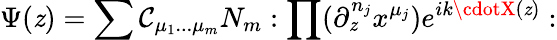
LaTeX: \Psi(\mathit{z})=\sum\mathcal{C}_{\mu_{1}...\mu_{m}}N_{m}:\prod(\partial_{\mathit{z}}^{n_{j}}x^{\mu_{j}})e^{ik\cdotX(\mathit{z})}: